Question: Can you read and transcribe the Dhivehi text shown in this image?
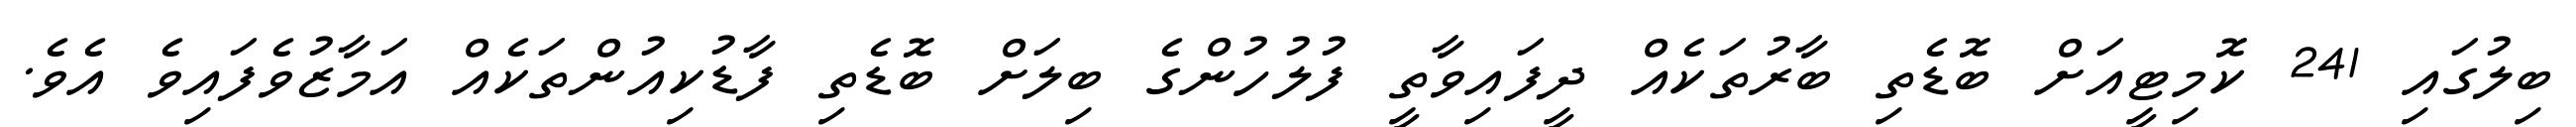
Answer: ބިލުގައި 241 ކޮމިޓީއަށް ބޮޑެތި ބާރުތަކެއް ދީފައިވާތީ ފުލުހުންގެ ބިލަށް ބޮޑެތި ފާޑުކިއުންތަކެއް އަމާޒުވެފައިވެ އެވެ.